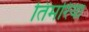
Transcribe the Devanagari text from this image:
तिमरिया